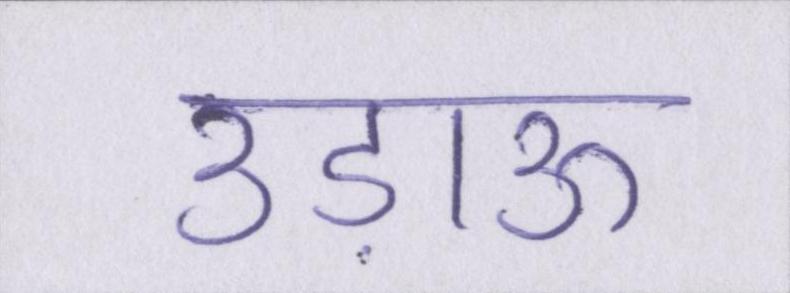
उड़ाऊ